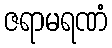
ဇရာမရဏံ